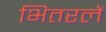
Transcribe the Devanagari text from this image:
भितरलें